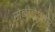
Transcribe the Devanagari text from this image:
सेबोटेओर